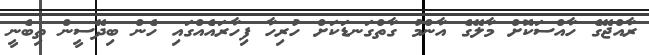
ރާއްޖޭގެ ހާއްސަކޮށް މާލޭގެ އާންމު ގާތްގަނޑަކަށް ހުރިހާ ފިހާރައެއްގައި ހެން ބިދޭސީން ތިބެނީ